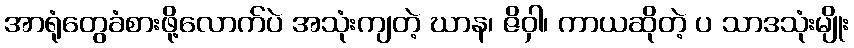
အာရုံတွေခံစားဖို့လောက်ပဲ အသုံးကျတဲ့ ဃာန၊ ဇိဝှါ၊ ကာယဆိုတဲ့ ပ သာဒသုံးမျိုး